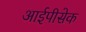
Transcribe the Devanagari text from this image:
आईपीसेक